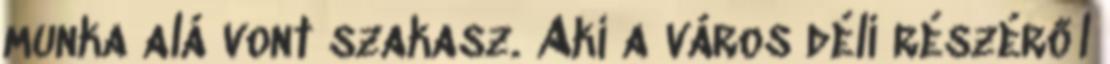
munka alá vont szakasz. Aki a város déli részéről